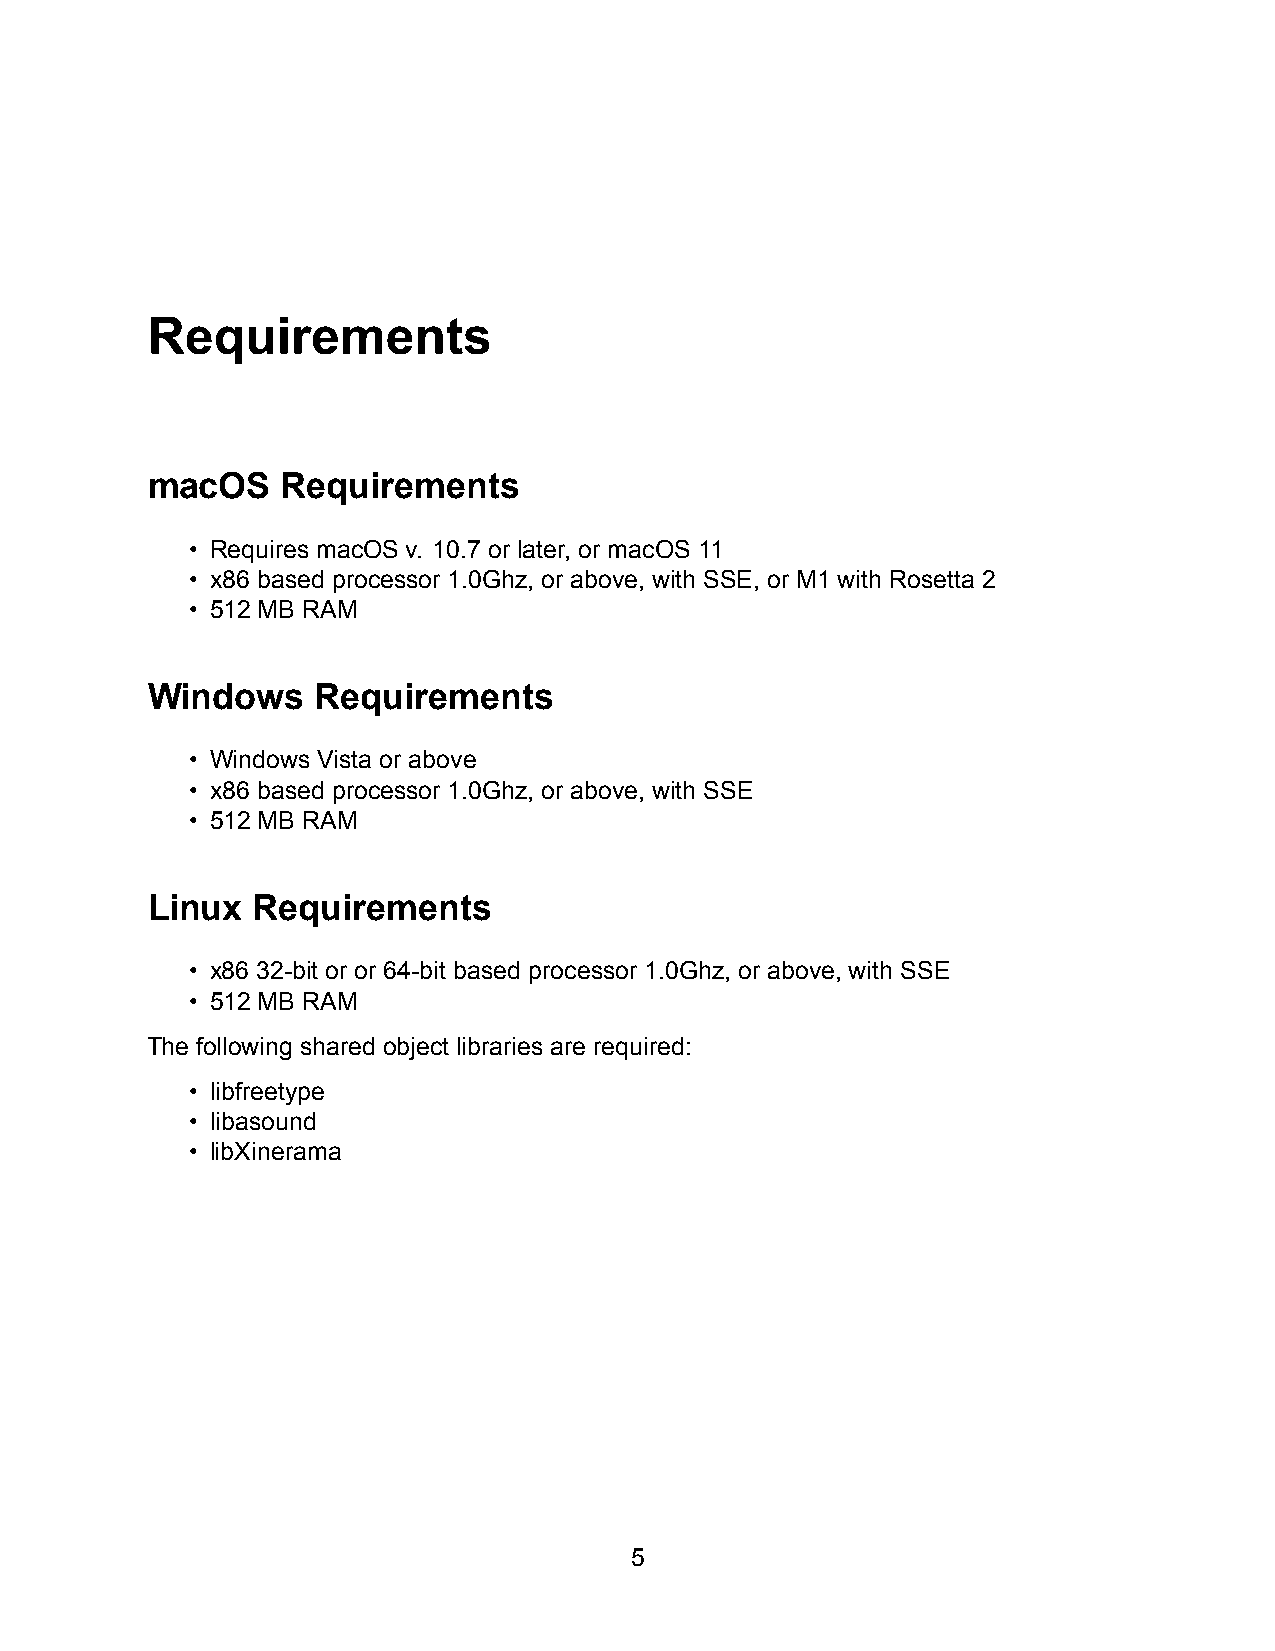
Requirements
 macOS    Requirements
 • Requires macOS v. 10.7 or later, or macOS 11
 • x86 based processor 1.0Ghz, or above, with SSE, or M1 with Rosetta 2
 • 512 MB RAM
 Windows    Requirements
 • Windows Vista or above
 • x86 based processor 1.0Ghz, or above, with SSE
 • 512 MB RAM
 Linux  Requirements
 • x86 32-bit or or 64-bit based processor 1.0Ghz, or above, with SSE
 • 512 MB RAM
 The following shared object libraries are required:
 • libfreetype
 • libasound
 • libXinerama
 5